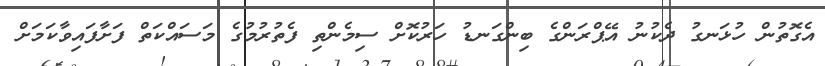
އެގޮތުން ހުޅަނގު ދެކުނު އޭޕްރަންގެ ބިންގަނޑު ހަރުކޮށް ސިމެންތި ފެތުރުމުގެ މަސައްކަތް ފަށާފައިވާކަމަށް